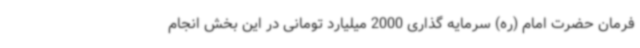
فرمان حضرت امام (ره) سرمایه گذاری 2000 میلیارد تومانی در این بخش انجام